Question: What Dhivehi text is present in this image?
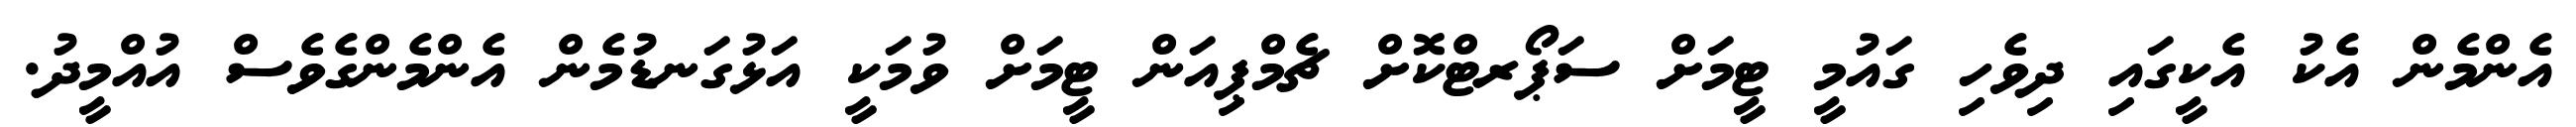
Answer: އެންމެން އެކު އެކީގައި ދިވެހި ގައުމީ ޓީމަށް ސަޕޯރޓްކޮށް ޗެމްޕިއަން ޓީމަށް ވުމަކީ އަޅުގަނޑުމެން އެންމެންގެވެސް އުއްމީދު.